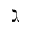
\gimel